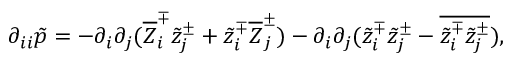
\partial _ { i i } \tilde { p } = - \partial _ { i } \partial _ { j } ( \overline { { Z } } _ { i } ^ { \mp } \tilde { z } _ { j } ^ { \pm } + \tilde { z } _ { i } ^ { \mp } \overline { { Z } } _ { j } ^ { \pm } ) - \partial _ { i } \partial _ { j } ( \tilde { z } _ { i } ^ { \mp } \tilde { z } _ { j } ^ { \pm } - \overline { { \tilde { z } _ { i } ^ { \mp } \tilde { z } _ { j } ^ { \pm } } } ) ,